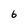
Character: 6